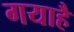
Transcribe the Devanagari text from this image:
गयाहै